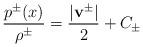
LaTeX: \begin{align*}\frac{p^\pm(x)}{\rho^\pm}=\frac{|\bf v^\pm|}2+C_\pm\end{align*}